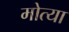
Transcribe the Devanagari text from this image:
मोत्या